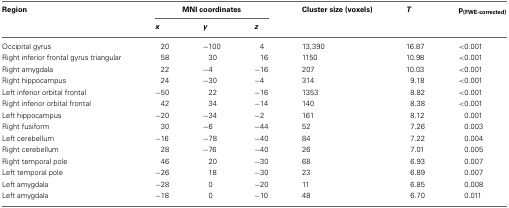
<table><thead><tr><td><b>Region</b></td><td colspan="3"><b>MNI coordinates</b></td><td><b>Cluster size (voxels)</b></td><td><b><i>T</i></b></td><td><b>p<sub>(FWE-corrected)</sub></b></td></tr><tr><td></td><td><b><i>x</i></b></td><td><b><i>y</i></b></td><td><b><i>z</i></b></td><td></td><td></td><td></td></tr></thead><tbody><tr><td>Occipital gyrus</td><td>20</td><td>−100</td><td>4</td><td>13,390</td><td>16.87</td><td>&lt;0.001</td></tr><tr><td>Right inferior frontal gyrus triangular</td><td>58</td><td>30</td><td>16</td><td>1150</td><td>10.98</td><td>&lt;0.001</td></tr><tr><td>Right amygdala</td><td>22</td><td>−4</td><td>−16</td><td>207</td><td>10.03</td><td>&lt;0.001</td></tr><tr><td>Right hippocampus</td><td>24</td><td>−30</td><td>−4</td><td>314</td><td>9.18</td><td>&lt;0.001</td></tr><tr><td>Left inferior orbital frontal</td><td>−50</td><td>22</td><td>−16</td><td>1353</td><td>8.82</td><td>&lt;0.001</td></tr><tr><td>Right inferior orbital frontal</td><td>42</td><td>34</td><td>−14</td><td>140</td><td>8.38</td><td>&lt;0.001</td></tr><tr><td>Left hippocampus</td><td>−20</td><td>−34</td><td>−2</td><td>161</td><td>8.12</td><td>0.001</td></tr><tr><td>Right fusiform</td><td>30</td><td>−6</td><td>−44</td><td>52</td><td>7.26</td><td>0.003</td></tr><tr><td>Left cerebellum</td><td>−16</td><td>−78</td><td>−40</td><td>84</td><td>7.22</td><td>0.004</td></tr><tr><td>Right cerebellum</td><td>28</td><td>−76</td><td>−40</td><td>26</td><td>7.01</td><td>0.005</td></tr><tr><td>Right temporal pole</td><td>46</td><td>20</td><td>−30</td><td>68</td><td>6.93</td><td>0.007</td></tr><tr><td>Left temporal pole</td><td>−26</td><td>18</td><td>−30</td><td>23</td><td>6.89</td><td>0.007</td></tr><tr><td>Left amygdala</td><td>−28</td><td>0</td><td>−20</td><td>11</td><td>6.85</td><td>0.008</td></tr><tr><td>Left amygdala</td><td>−18</td><td>0</td><td>−10</td><td>48</td><td>6.70</td><td>0.011</td></tr></tbody></table>